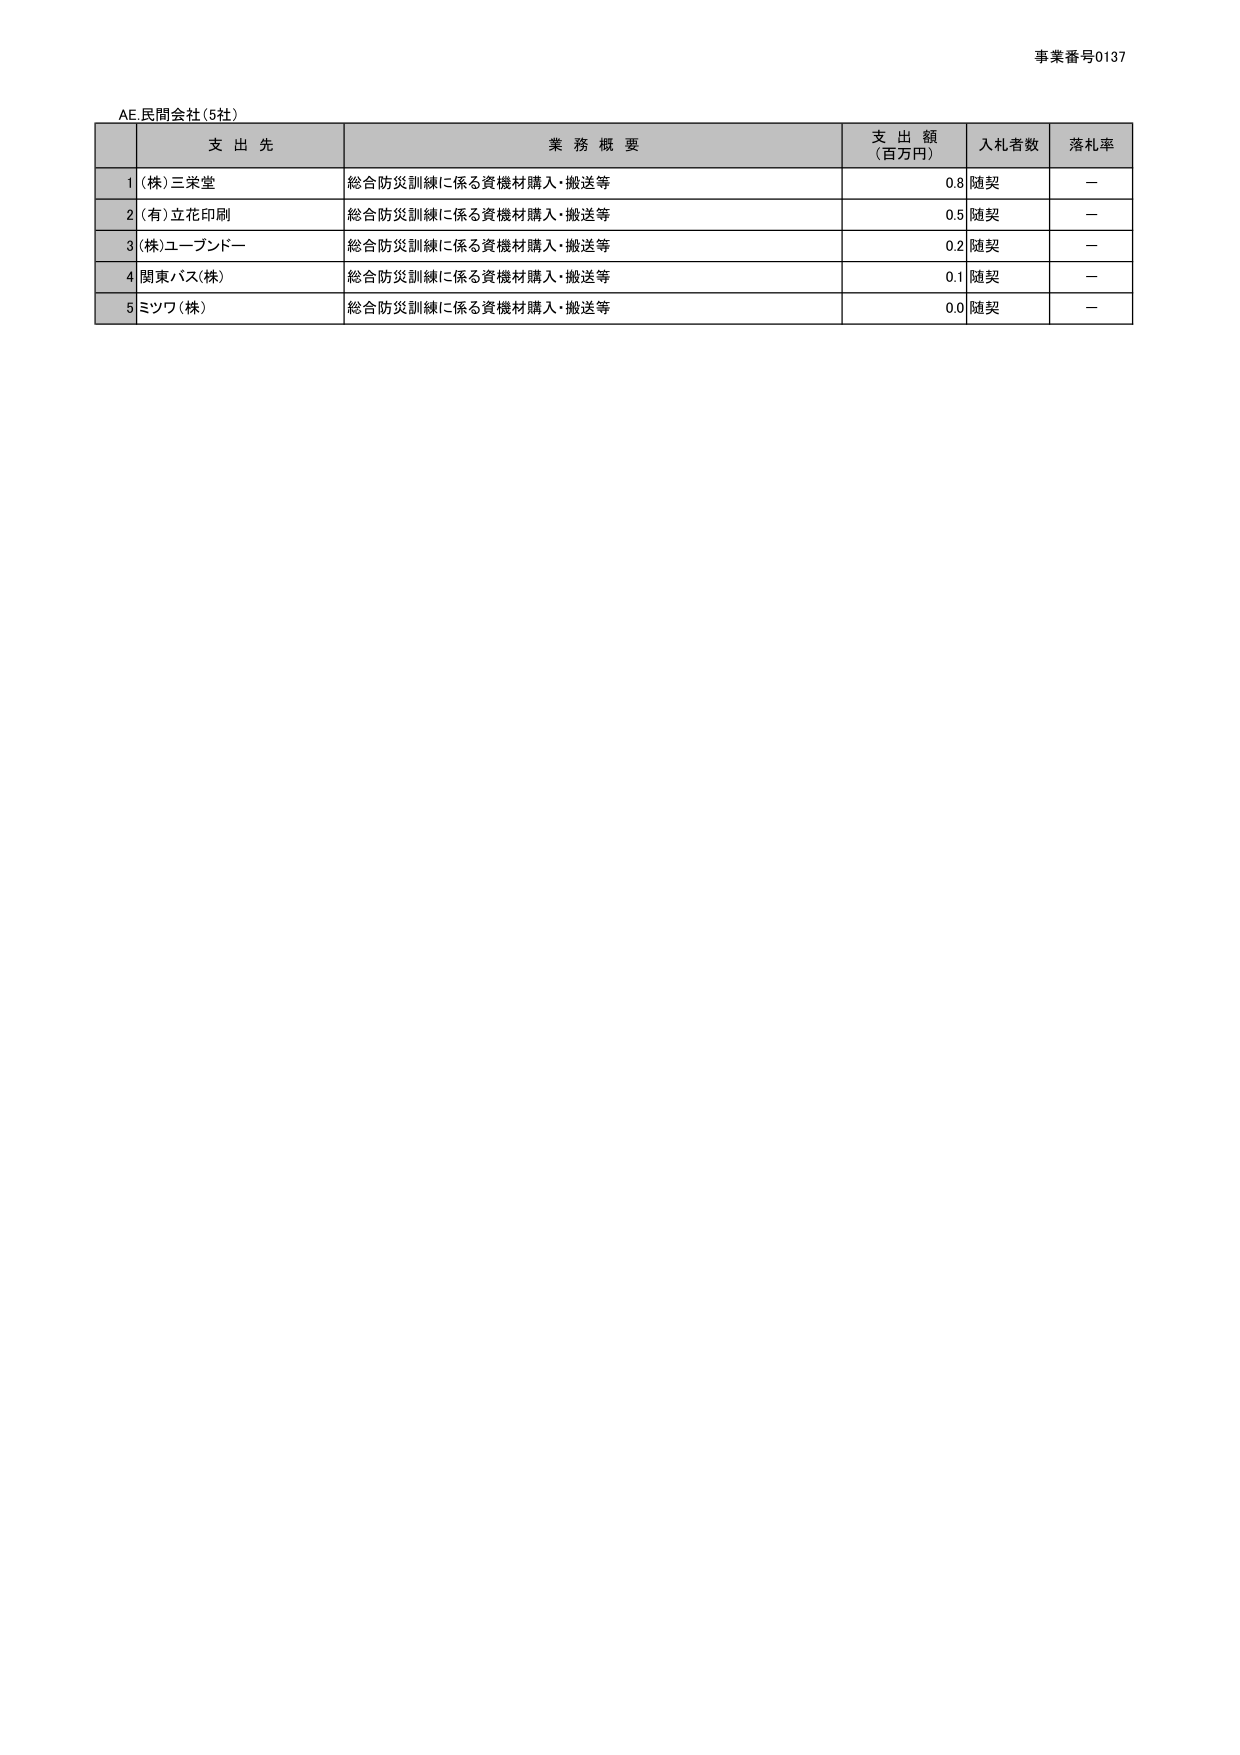
事業番号0137

AE.民間会社(5社)

支 出 先 業 務 概 要 支 出 額 (百万円) 入札者数 落札率

1 (株)三栄堂 総合防災訓練に係る資機材購入・搬送等 0.8 随契 －

2 (有)立花印刷 総合防災訓練に係る資機材購入・搬送等 0.5 随契 －

3 (株)ユーブンドー 総合防災訓練に係る資機材購入・搬送等 0.2 随契 －

4 関東バス(株) 総合防災訓練に係る資機材購入・搬送等 0.1 随契 －

5 ミツワ(株) 総合防災訓練に係る資機材購入・搬送等 0.0 随契 －